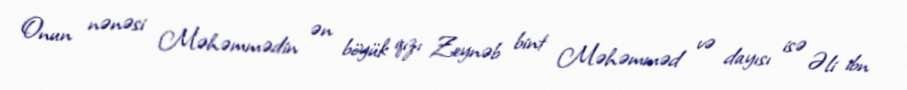
Onun nənəsi Məhəmmədin ən böyük qızı Zeynəb bint Məhəmməd və dayısı isə Əli ibn